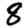
Digit: 8